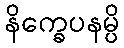
နိက္ခေပနမ္ပိ